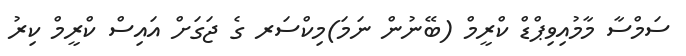
ސަމްސާ މާމުއިވިޕްޑް ކްރީމް (ބޭނުން ނަމަ)މިކްސަރ ގެ ޖަގަށް އައިސް ކްރީމް ކިރު